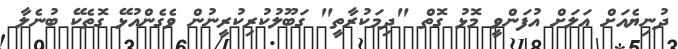
ދުނިޔެއަށް އަލަށް އުފަންވީ މޮޅު ގޮތް "ދިމަކުރާތީ" ގަބޫލުކުރިކުރީނުން ވެގެންއުޅޭ ގޮތެކޭ ބުނެލާ